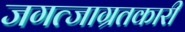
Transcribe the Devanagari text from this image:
जगत्जाग्रतकारी